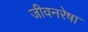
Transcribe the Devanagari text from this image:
जीवनरेषा